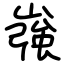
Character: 嵹